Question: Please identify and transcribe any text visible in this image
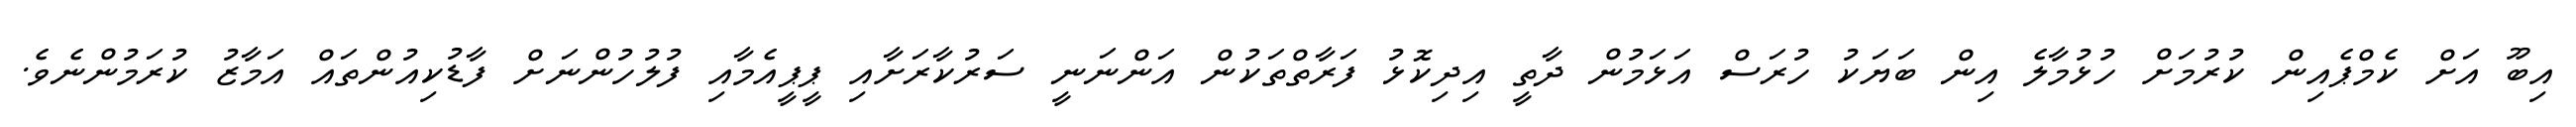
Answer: އިބޫ އަށް ކެމްޕެއިން ކުރުމަށް ހުޅުމާލެ އިން ބަޔަކު ހުރަސް އަޅަމުން ދާތީ އިދިކޮޅު ފަރާތްތަކުން އަންނަނީ ސަރުކާރަށާއި ޕީޕީއެމާއި ފުލުހުންނަށް ފާޑުކިއުންތައް އަމާޒު ކުރަމުންނެވެ.